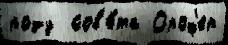
роду  сов'е́та Ороф'ер